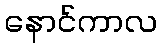
နောင်ကာလ